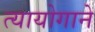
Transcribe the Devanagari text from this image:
त्यायोगाने